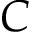
C